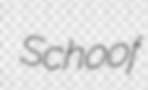
Schoof